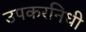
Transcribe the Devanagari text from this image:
उपकरनिधी